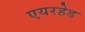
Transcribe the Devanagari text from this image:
एयरहेड